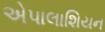
એપાલાશિયન